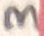
Text: 3